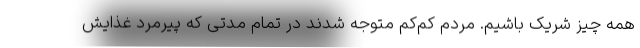
همه چیز شریک باشیم. مردم کم‌کم متوجه شدند در تمام مدتی که پیرمرد غذایش